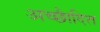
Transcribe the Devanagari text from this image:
अच्छाैदित